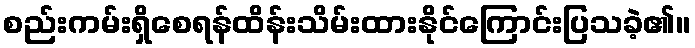
စည်းကမ်းရှိစေရန်ထိန်းသိမ်းထားနိုင်ကြောင်းပြသခဲ့၏။